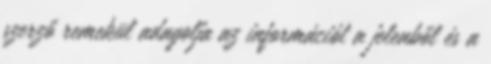
szerző remekül adagolja az információt a jelenből és a